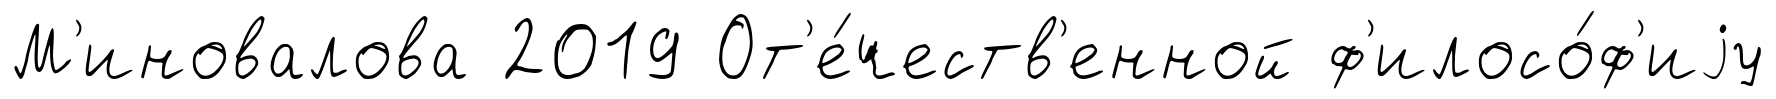
М'иновалова 2019 От'е́честв'енной ф'илосо́ф'иjу